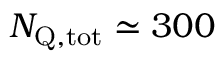
N _ { \mathrm { Q , t o t } } \simeq 3 0 0